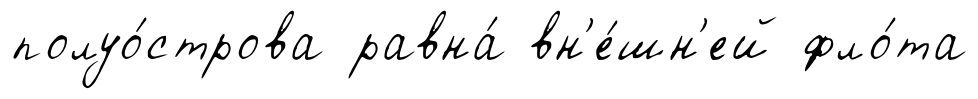
полуо́строва равна́ вн'е́шн'ей фло́та